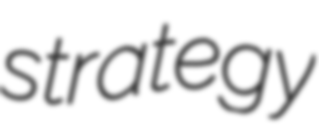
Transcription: strategy